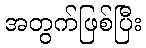
အတွက်ဖြစ်ပြီး